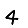
Digit: 4